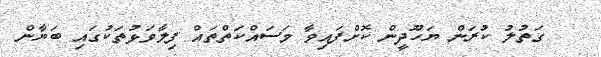
ގަތުލު ކުރަން ޔަހޫދީން ކޮށްފައިވާ މަސައްކަތްތައް ފިލާވަޅުތަކުގައި ބަޔާން